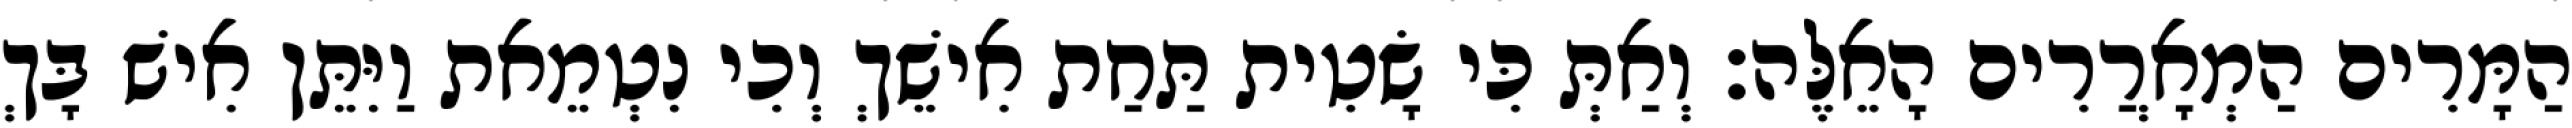
הַמָּרִים הַמְאָרֲרִים הָאֵלֶּה׃ וְאַתְּ כִּי שָׂטִית תַּחַת אִישֵׁךְ וְכִי נִטְמֵאת וַיִּתֵּן אִישׁ בָּךְ